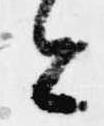
今